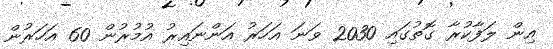
އިން ލަފާކުރާ ގޮތުގައި 2030 ވަނަ އަހަރު އަންނައިރު އުމުރުން 60 އަހަރުން